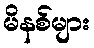
မိနစ်များ